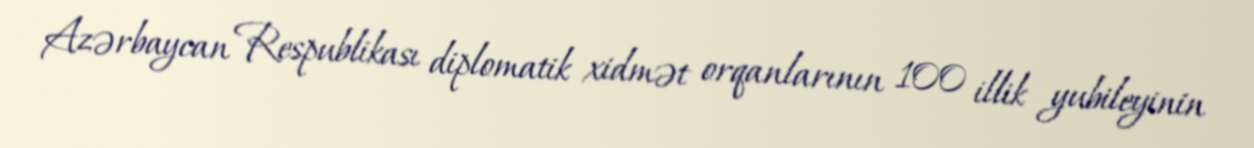
Azərbaycan Respublikası diplomatik xidmət orqanlarının 100 illik yubileyinin